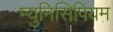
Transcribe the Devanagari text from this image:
म्युनिसिपियम